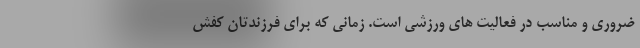
ضروری و مناسب در فعالیت های ورزشی است. زمانی که برای فرزندتان کفش